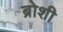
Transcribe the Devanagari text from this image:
ब्रोशी